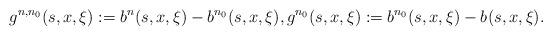
LaTeX: \begin{align*}g^{n,n_0}(s,x,\xi):=b^{n}(s,x,\xi)- b^{n_0}(s,x,\xi), g^{n_0}(s,x,\xi):=b^{n_0}(s,x,\xi)- b^{}(s,x,\xi).\end{align*}